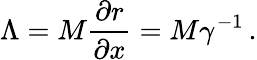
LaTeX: \Lambda=M\frac{\partial r}{\partial x}=M\gamma^{-1}\, .